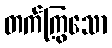
တက်ကြွသော